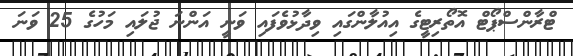
ޓްރާންސްޕޯޓް އޮތޯރިޓީގެ އިއުލާންގައި ވިދާޅުވެފައި ވަނީ އަންނަ ޖުލައި މަހުގެ 25 ވަނަ